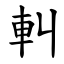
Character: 䡂